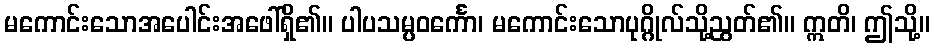
မကောင်းသောအပေါင်းအဖေါ်ရှိ၏။ ပါပသမ္ပဝင်္ကော၊ မကောင်းသောပုဂ္ဂိုလ်သို့ညွတ်၏။ ဣတိ၊ ဤသို့။